Madras plague regulations in force outside the Presidency town - Volume 6
Disease focus: Plague
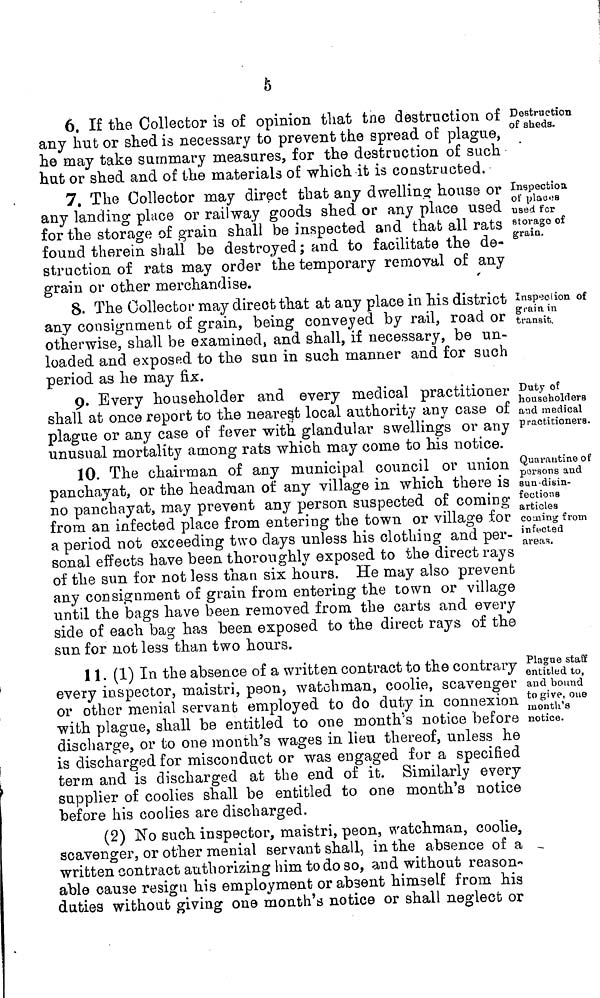
5
Destruction
of sheds.
6. If the Collector is of opinion that the destruction of
any hut or shed is necessary to prevent the spread of plague,
he may take summary measures, for the destruction of such
hut or shed and of the materials of which it is constructed.
Inspection
of places
used for
storage of
grain.
7. The Collector may direct that any dwelling house or
any landing place or railway goods shed or any place used
for the storage of grain shall be inspected and that all rats
found therein shall be destroyed ; and to facilitate the de-
struction of rats may order the temporary removal of any
grain or other merchandise.
Inspection, of
grain in
transit.
8. The Collector may direct that at any place in his district
any consignment of grain, being conveyed by rail, road or
otherwise, shall be examined, and shall, if necessary, be un-
loaded and exposed to the sun in such manner and for such
period as he may fix.
Duty of
householders
and medical
practitioners.
9. Every householder and every medical practitioner
shall at once report to the nearest local authority any case of
plague or any case of fever with glandular swellings or any
unusual mortality among rats which may come to his notice.
Quarantine of
persons and
sun-disin-
fections
articles
coming from
infected
areas.
10. The chairman of any municipal council or union
panchayat, or the headman of any village in which there is
no panchayat, may prevent any person suspected of coming
from an infected place from entering the town or village for
a period not exceeding two days unless his clothing and per-
sonal effects have been thoroughly exposed to the direct rays
of the sun for not less than six hours. He may also prevent
any consignment of grain from entering the town or village
until the bags have been removed from the carts and every
side of each bag has been exposed to the direct rays of the
sun for not less than two hours.
Plague staff
entitled to,
and bound
to give, oue
month's
notice.
11. (1) In the absence of a written contract to the contrary
every inspector, maistri, peon, watchman, coolie, scavenger
or other menial servant employed to do duty in connexion
with plague, shall be entitled to one month's notice before
discharge, or to one month's wages in lieu thereof, unless he
is discharged for misconduct or was engaged for a specified
term and is discharged at the end of it. Similarly every
supplier of coolies shall be entitled to one month's notice
before his coolies are discharged.
(2) No such inspector, maistri, peon, watchman, coolie,
scavenger, or other menial servant shall, in the absence of a
written contract authorizing him to do so, and without reason«
able cause resign his employment or absent himself from his
duties without giving one month's notice or shall neglect or